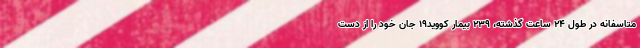
متاسفانه در طول ۲۴ ساعت گذشته، ۲۳۹ بیمار کووید۱۹ جان خود را از دست